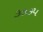
૭૭૭૫